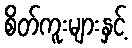
စိတ်ကူးများနှင့်